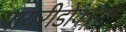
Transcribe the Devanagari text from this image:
पायरीडोक्सल